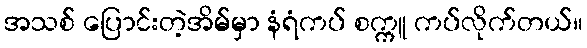
အသစ် ပြောင်းတဲ့အိမ်မှာ နံရံကပ် စက္ကူ ကပ်လိုက်တယ်။